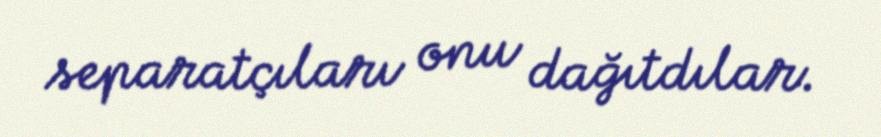
separatçıları onu dağıtdılar.